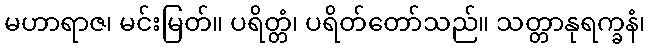
မဟာရာဇ၊ မင်းမြတ်။ ပရိတ္တံ၊ ပရိတ်တော်သည်။ သတ္တာနုရက္ခနံ၊